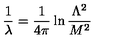
\frac { 1 } { \lambda } = \frac { 1 } { 4 \pi } \ln \frac { \Lambda ^ { 2 } } { M ^ { 2 } }